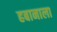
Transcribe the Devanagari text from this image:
हबानाला